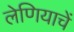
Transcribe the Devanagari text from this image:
लेणियाचें